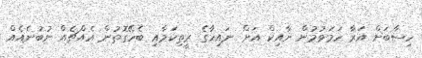
ހިސާބަށް އަރާ ހަމަވުމުން ނާއިކް އަށް ނައިހާގެ ރީތިކަމާއި ބެހޭގޮތުން އެއްޗެއް ނުބުނެއެއް